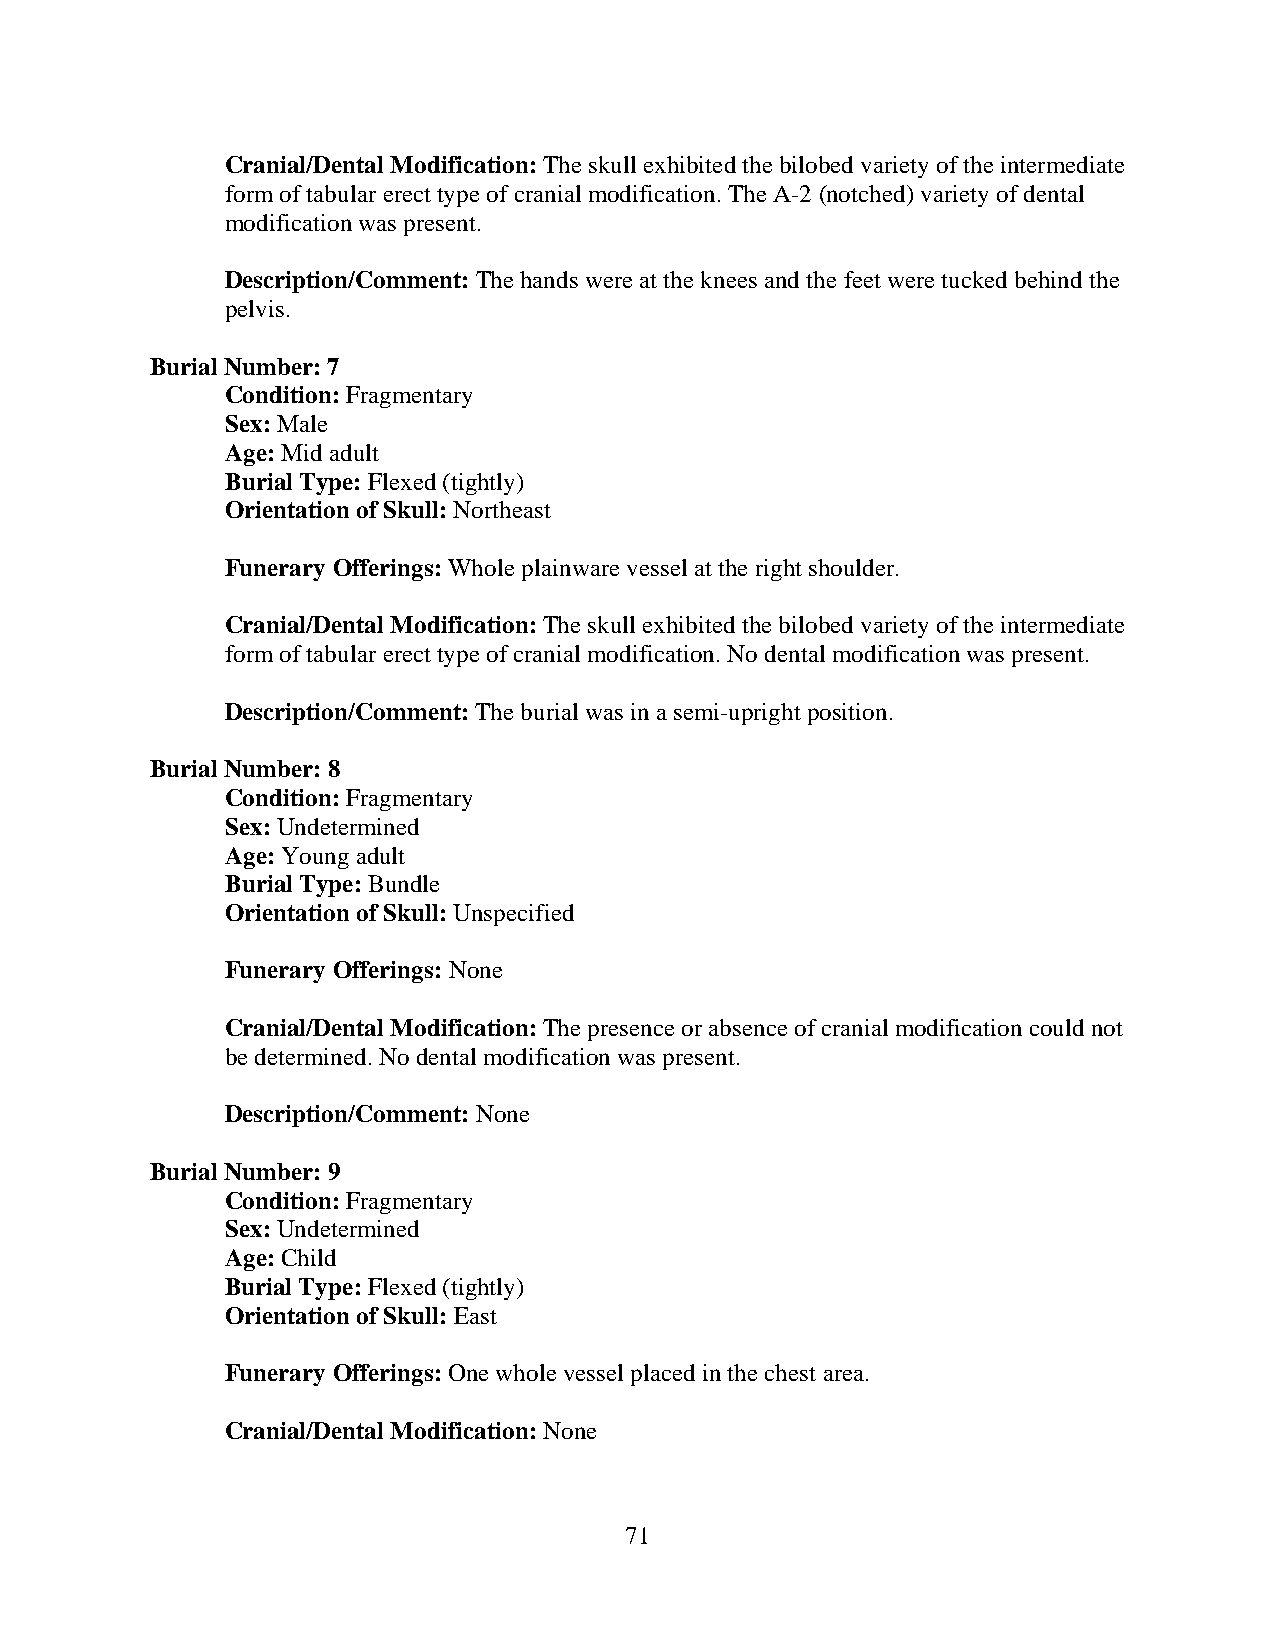
Cranial/Dental Modification: The skull exhibited the bilobed variety of the intermediate
 form of tabular erect type of cranial modification. The A-2 (notched) variety of dental
 modification was present.
 Description/Comment: The hands were at the knees and the feet were tucked behind the
 pelvis.
 Burial Number: 7
 Condition: Fragmentary
 Sex: Male
 Age: Mid adult
 Burial Type: Flexed (tightly)
 Orientation of Skull: Northeast
 Funerary Offerings: Whole plainware vessel at the right shoulder.
 Cranial/Dental Modification: The skull exhibited the bilobed variety of the intermediate
 form of tabular erect type of cranial modification. No dental modification was present.
 Description/Comment: The burial was in a semi-upright position.
 Burial Number: 8
 Condition: Fragmentary
 Sex: Undetermined
 Age: Young adult
 Burial Type: Bundle
 Orientation of Skull: Unspecified
 Funerary Offerings: None
 Cranial/Dental Modification: The presence or absence of cranial modification could not
 be determined. No dental modification was present.
 Description/Comment: None
 Burial Number: 9
 Condition: Fragmentary
 Sex: Undetermined
 Age: Child
 Burial Type: Flexed (tightly)
 Orientation of Skull: East
 Funerary Offerings: One whole vessel placed in the chest area.
 Cranial/Dental Modification: None
 71